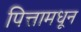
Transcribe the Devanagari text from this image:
पित्तामधून